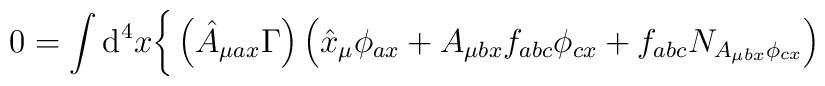
0=\int\mathrm{d}^4x\bigg\{\left(\hat{A}_{\mu ax}\Gamma\right)\left(	\hat{x}_\mu\phi_{ax}+A_{\mu bx}f_{abc}\phi_{cx}+f_{abc}N_{A_{\mu bx}	\phi_{cx}}\right)